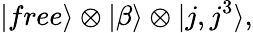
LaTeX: |free\rangle\otimes|\beta\rangle\otimes|j,j^{3}\rangle,